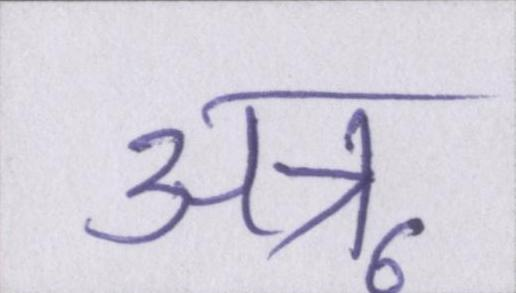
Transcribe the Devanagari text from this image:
अन्नू